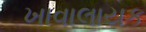
ખાવાલાયક